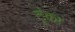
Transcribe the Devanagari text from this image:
ट्रंका